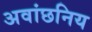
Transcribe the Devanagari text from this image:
अवांछनिय